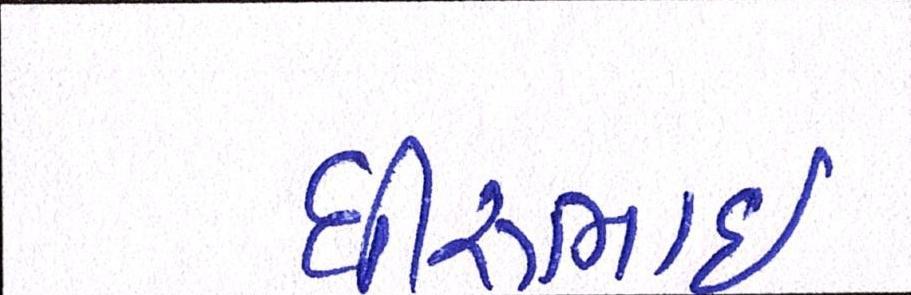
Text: ધીરુભાઇ